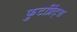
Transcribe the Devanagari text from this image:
फुटप्रिंट्स